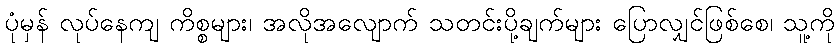
ပုံမှန် လုပ်နေကျ ကိစ္စများ၊ အလိုအလျောက် သတင်းပို့ချက်များ ပြောလျှင်ဖြစ်စေ၊ သူ့ကို